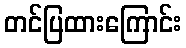
တင်ပြထားကြောင်း